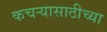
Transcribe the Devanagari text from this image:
कचऱ्यासाठीच्या